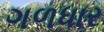
ગળધાર